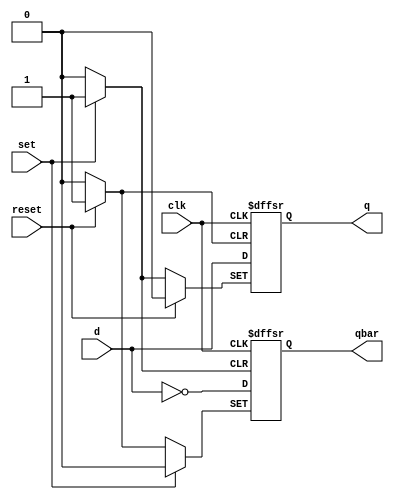
module dff_psr_asyn(output reg q, qbar, input d, clk, set, reset);
    always @(posedge clk, posedge reset, posedge set) begin
        if(reset)
            {q, qbar} <= 2'b01;
        else if(set)
            {q, qbar} <= 2'b10;
        else
            {q, qbar} <= {d, ~d}; 
    end
endmodule